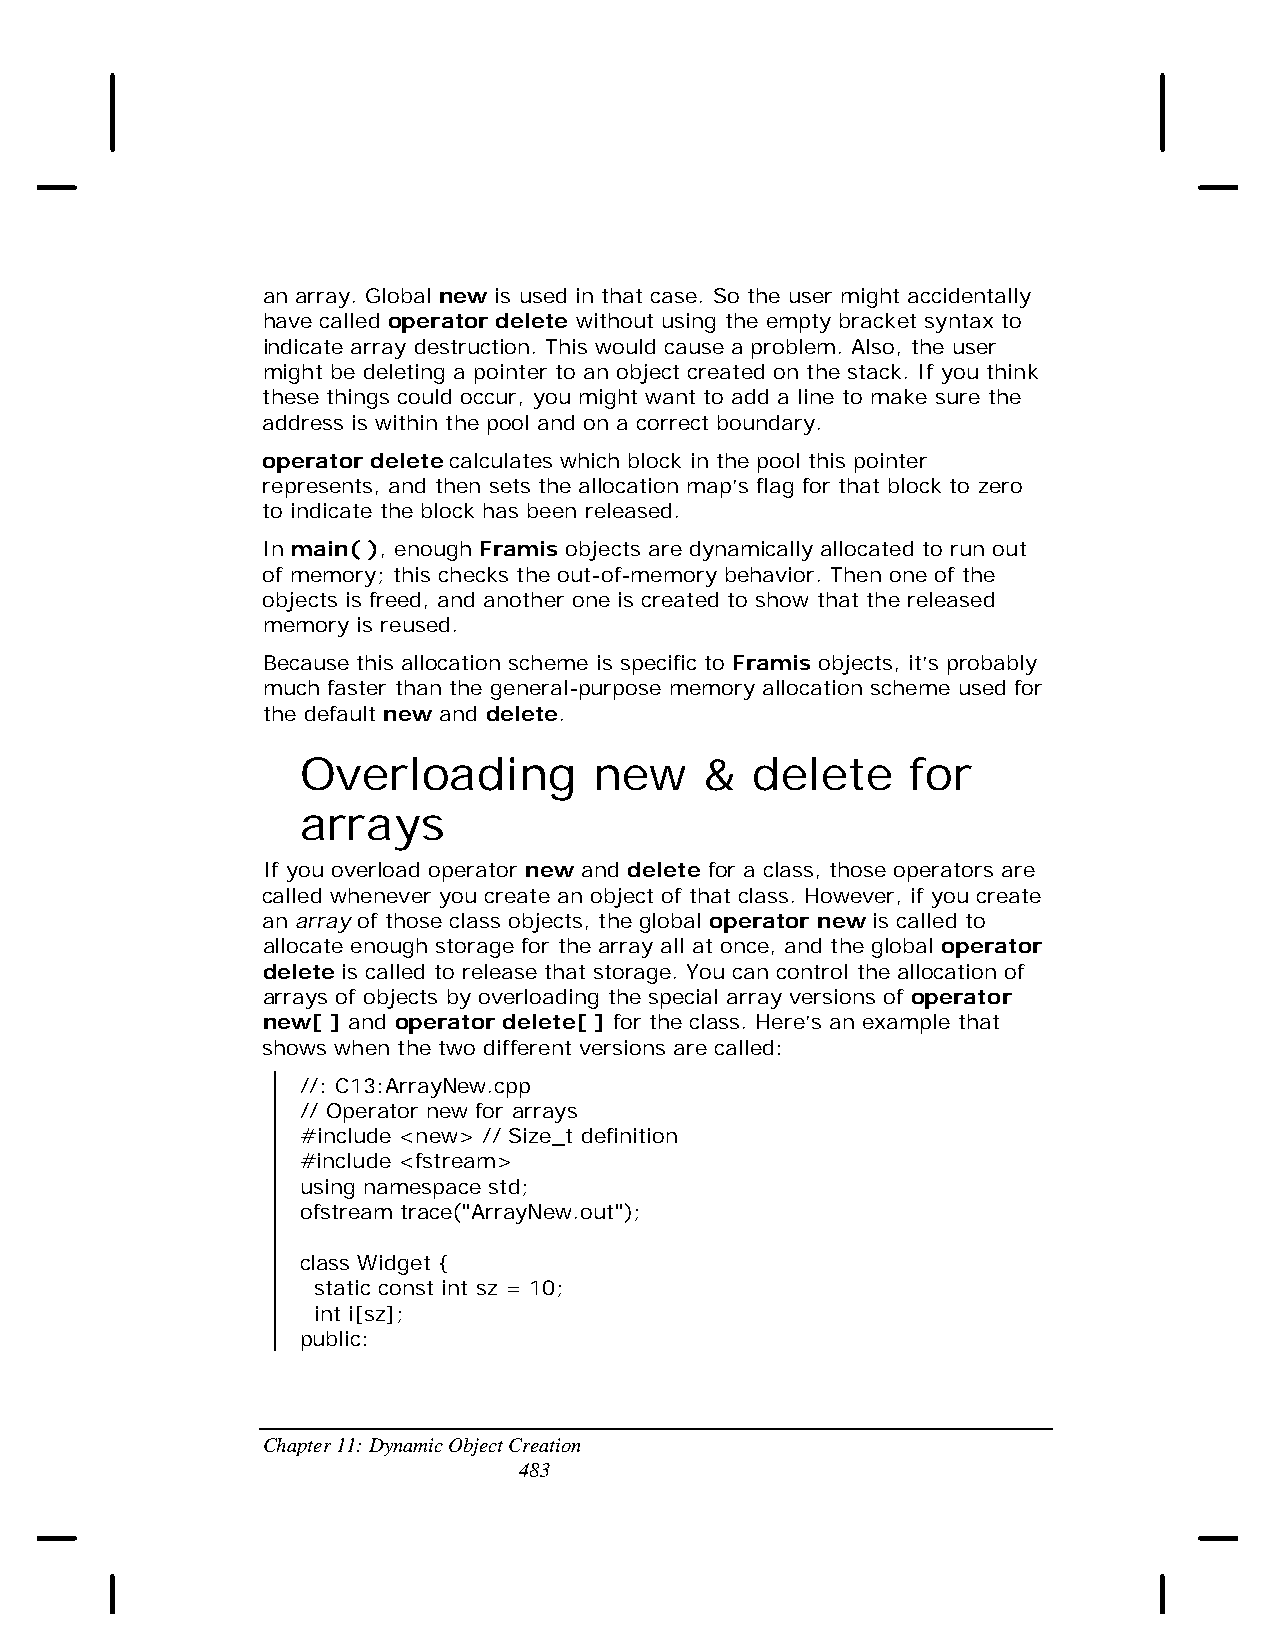
an array. Global new is used in that case. So the user might accidentally
 have called operator delete without using the empty bracket syntax to
 indicate array destruction. This would cause a problem. Also, the user
 might be deleting a pointer to an object created on the stack. If you think
 these things could occur, you might want to add a line to make sure the
 address is within the pool and on a correct boundary.
 operator delete calculates which block in the pool this pointer
 represents, and then sets the allocation map’s flag for that block to zero
 to indicate the block has been released.
 In main( ), enough Framis objects are dynamically allocated to run out
 of memory; this checks the out-of-memory behavior. Then one of the
 objects is freed, and another one is created to show that the released
 memory is reused.
 Because this allocation scheme is specific to Framis objects, it’s probably
 much faster than the general-purpose memory allocation scheme used for
 the default new and delete.
 Overloading        new     &  delete    for
 arrays
 If you overload operator new and delete for a class, those operators are
 called whenever you create an object of that class. However, if you create
 an array of those class objects, the global operator new is called to
 allocate enough storage for the array all at once, and the global operator
 delete is called to release that storage. You can control the allocation of
 arrays of objects by overloading the special array versions of operator
 new[ ] and operator delete[ ] for the class. Here’s an example that
 shows when the two different versions are called:
 //: C13:ArrayNew.cpp
 // Operator new for arrays
 #include <new> // Size_t definition
 #include <fstream>
 using namespace std;
 ofstream trace("ArrayNew.out");
 class Widget {
 static const int sz = 10;
 int i[sz];
 public:
 Chapter 11: Dynamic Object Creation
 483